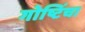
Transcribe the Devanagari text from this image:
गोष्टिंचा